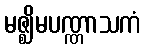
မဇ္ဈိမပဏ္ဏာသကံ